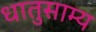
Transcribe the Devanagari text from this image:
धातुसाम्य